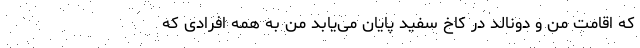
که اقامت من و دونالد در کاخ سفید پایان می‌یابد من به همه افرادی که